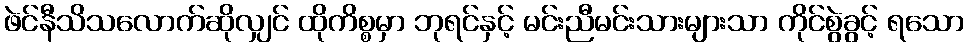
ဖဲင်နီသိသလောက်ဆိုလျှင် ထိုကိစ္စမှာ ဘုရင်နှင့် မင်းညီမင်းသားများသာ ကိုင်စွဲခွင့် ရသော